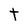
Character: t